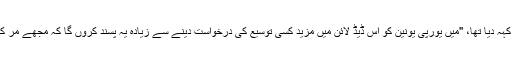
انہوں نے اسی ہفتے کہہ دیا تھا، ''میں یورپی یونین کو اس ڈیڈ لائن میں مزید کسی توسیع کی درخواست دینے سے زیادہ یہ پسند کروں گا کہ مجھے مر کر قبر میں لیٹنا پڑے۔